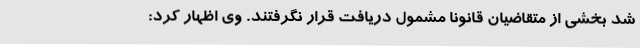
شد بخشی از متقاضیان قانوناً مشمول دریافت قرار نگرفتند. وی اظهار کرد: